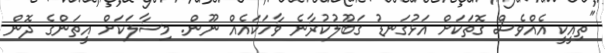
"ތިއީކީ އެއްވެސް ގޮތަކަށް އަޅުގަނޑު ގަބޫލުކުރާނެ ވާހަކައެއް ނޫން. މިސާލަކަށް އީތަންގެ ދޮން